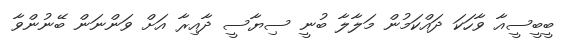
ބީބީސީއާ ވާހަކަ ދައްކަމުން މަލާލާ ބުނީ ސިޔާސީ ދާއިރާ އަށް ވަންނަން ބޭނުންވާ